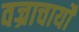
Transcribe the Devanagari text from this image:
वज्राचार्यों